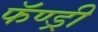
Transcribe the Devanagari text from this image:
फॅण्ड्री